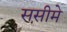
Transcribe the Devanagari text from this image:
ससीमे